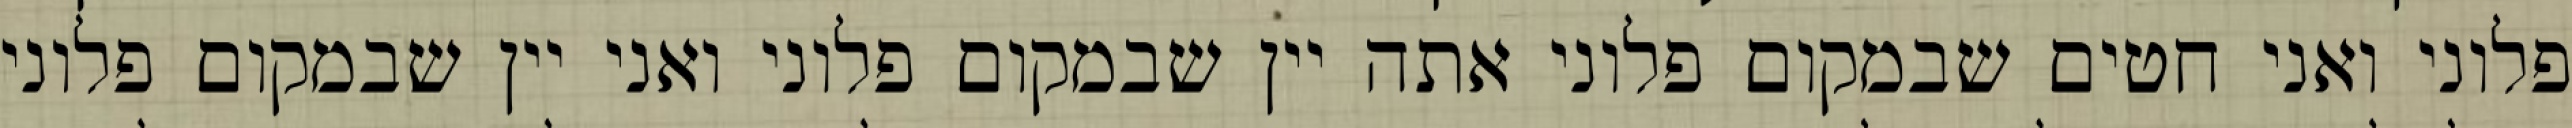
פלוני ואני חטים שבמקום פלוני אתה יין שבמקום פלוני ואני יין שבמקום פלוני